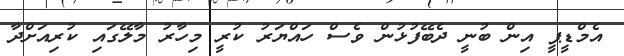
އެމްޑީޕީ އިން ބުނީ ދެބޭފުޅުން ވެސް ހައްޔަރު ކުރީ މިހާރު މާލޭގައި ކުރިއަށްދާ